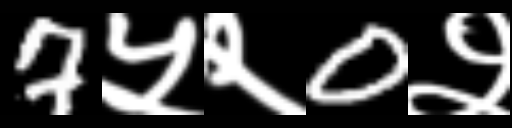
Text: 7५२0२